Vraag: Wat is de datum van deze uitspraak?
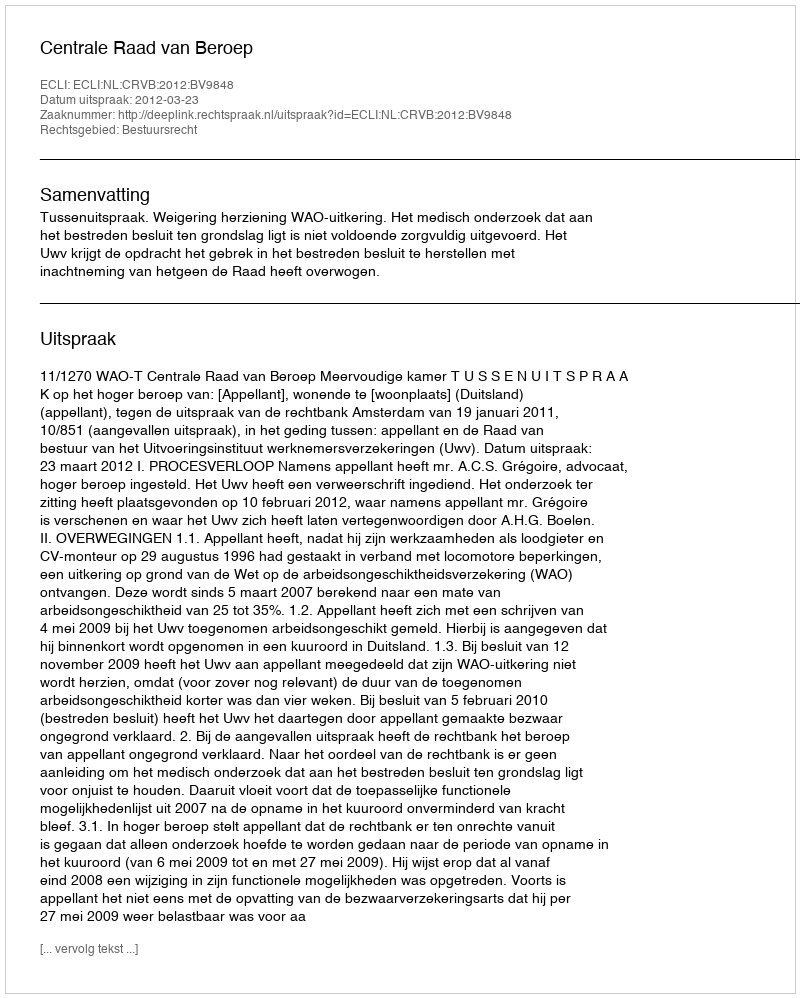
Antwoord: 2012-03-23